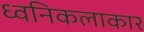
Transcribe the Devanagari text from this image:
ध्वनिकलाकार